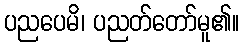
ပညပေမိ၊ ပညတ်တော်မူ၏။